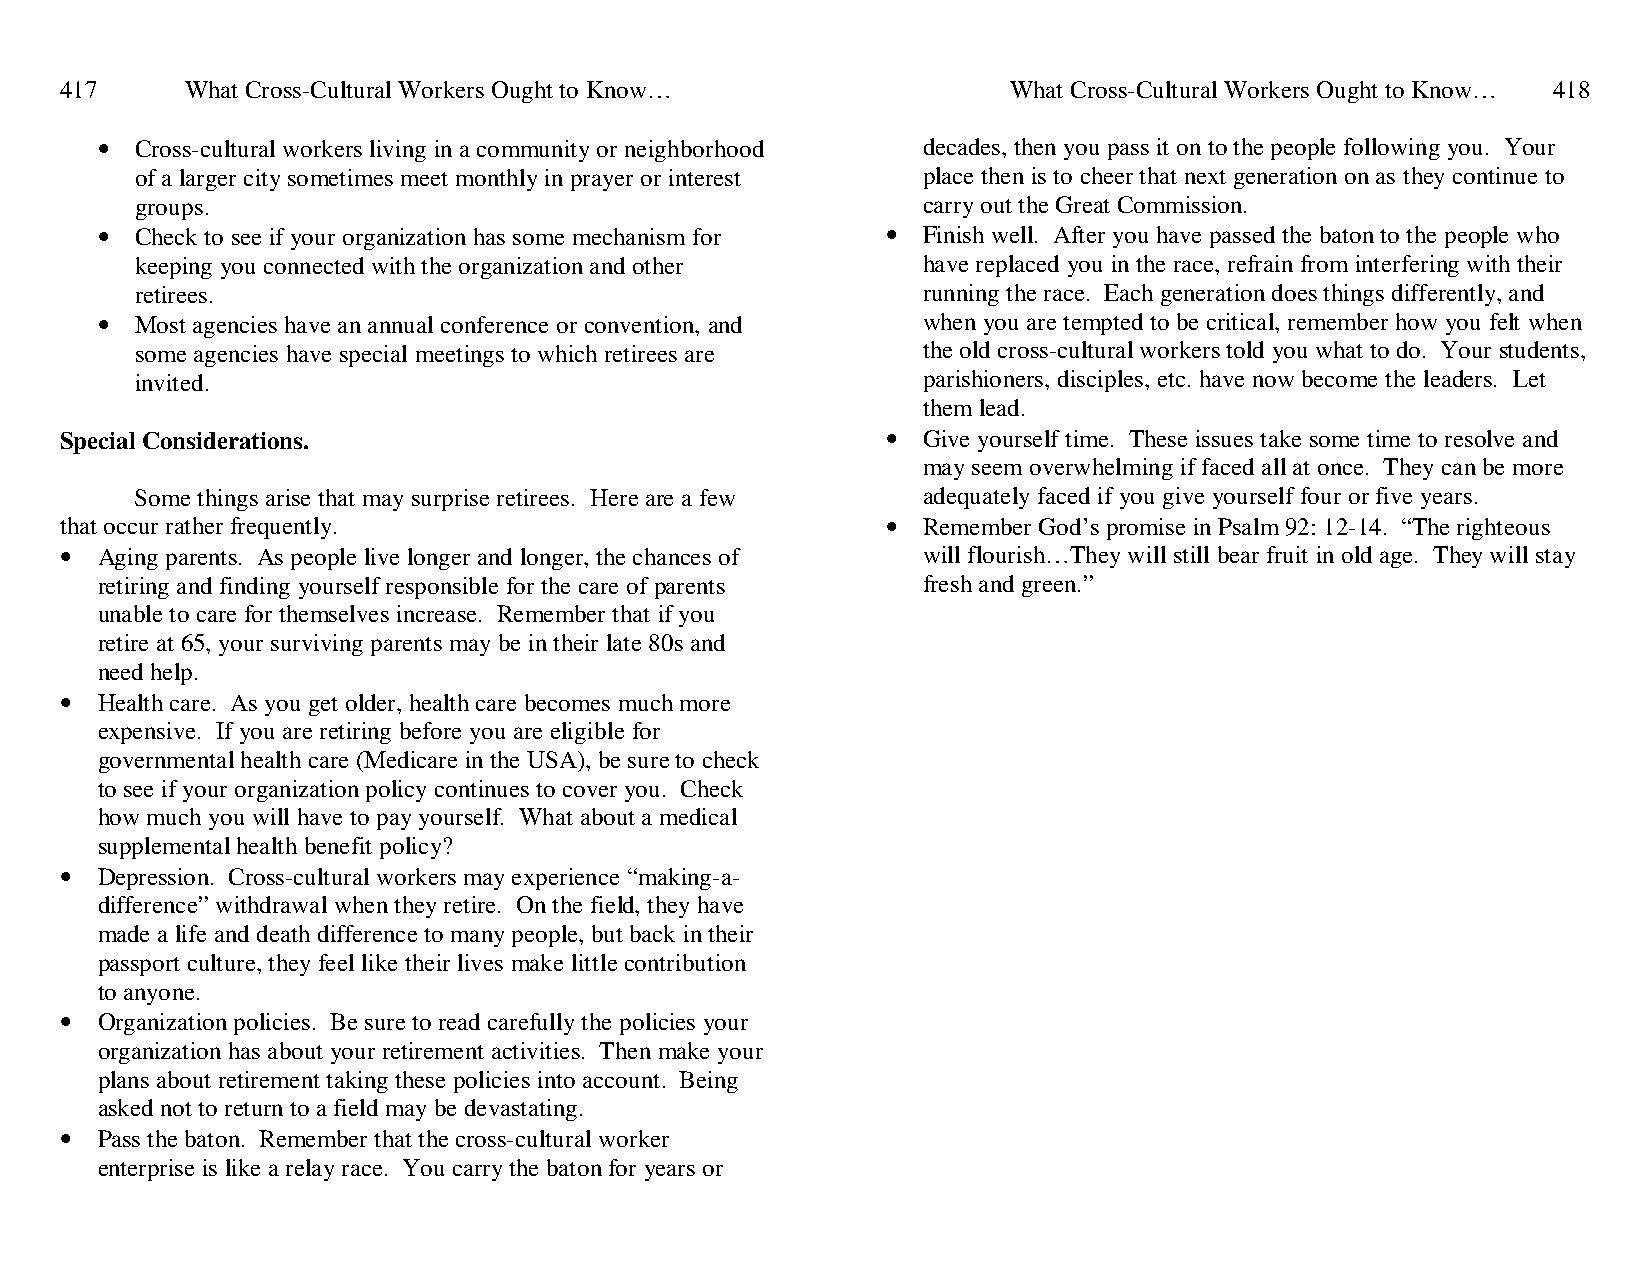
417     What Cross-Cultural Workers Ought to Know…             What Cross-Cultural Workers Ought to Know… 418
 •  Cross-cultural workers living in a community or neighborhood decades, then you pass it on to the people following you. Your
 of a larger city sometimes meet monthly in prayer or interest place then is to cheer that next generation on as they continue to
 groups.                                             carry out the Great Commission.
 •  Check to see if your organization has some mechanism for • Finish well. After you have passed the baton to the people who
 keeping you connected with the organization and other have replaced you in the race, refrain from interfering with their
 retirees.                                           running the race. Each generation does things differently, and
 •  Most agencies have an annual conference or convention, and when you are tempted to be critical, remember how you felt when
 some agencies have special meetings to which retirees are the old cross-cultural workers told you what to do. Your students,
 invited.                                            parishioners, disciples, etc. have now become the leaders. Let
 them lead.
 Special Considerations.                                • Give yourself time. These issues take some time to resolve and
 may seem overwhelming if faced all at once. They can be more
 Some things arise that may surprise retirees. Here are a few adequately faced if you give yourself four or five years.
 that occur rather frequently.                          • Remember God’s promise in Psalm 92: 12-14. “The righteous
 • Aging parents. As people live longer and longer, the chances of will flourish…They will still bear fruit in old age. They will stay
 retiring and finding yourself responsible for the care of parents fresh and green.”
 unable to care for themselves increase. Remember that if you
 retire at 65, your surviving parents may be in their late 80s and
 need help.
 • Health care. As you get older, health care becomes much more
 expensive. If you are retiring before you are eligible for
 governmental health care (Medicare in the USA), be sure to check
 to see if your organization policy continues to cover you. Check
 how much you will have to pay yourself. What about a medical
 supplemental health benefit policy?
 • Depression. Cross-cultural workers may experience “making-a-
 difference” withdrawal when they retire. On the field, they have
 made a life and death difference to many people, but back in their
 passport culture, they feel like their lives make little contribution
 to anyone.
 • Organization policies. Be sure to read carefully the policies your
 organization has about your retirement activities. Then make your
 plans about retirement taking these policies into account. Being
 asked not to return to a field may be devastating.
 • Pass the baton. Remember that the cross-cultural worker
 enterprise is like a relay race. You carry the baton for years or